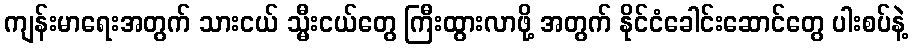
ကျန်းမာရေးအတွက် သားငယ် သ္မီးငယ်တွေ ကြီးထွားလာဖို့ အတွက် နိုင်ငံခေါင်းဆောင်တွေ ပါးစပ်နဲ့